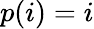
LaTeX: p(i)=i